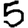
Digit: 5